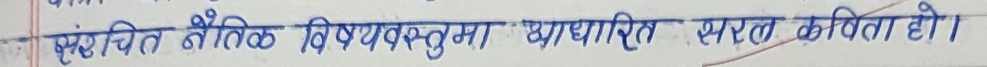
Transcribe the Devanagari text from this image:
संरचित भौतिक विषयवस्तुमा आधारित सरल कविता हो।